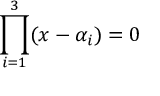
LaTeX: \prod _ { i = 1 } ^ { 3 } ( x - \alpha _ { i } ) = 0